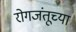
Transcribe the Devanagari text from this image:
रोगजंतूच्या